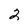
Character: 2